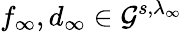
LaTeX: f_{\infty},d_{\infty}\in\mathcal{G}^{s,\lambda_{\infty}}